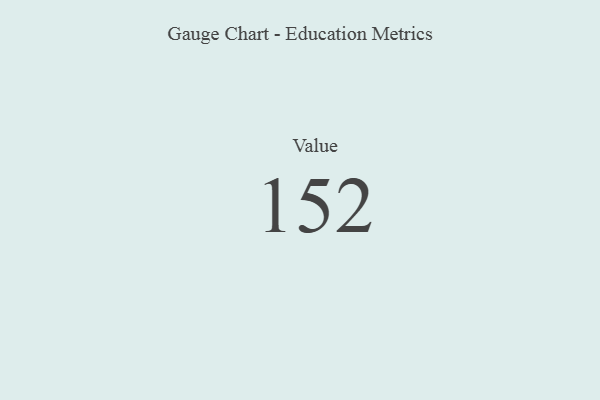
{"axis": {"x": "Metric", "y": "Value"}, "legend": [""], "data": [{"x": "Value", "y": 152, "type": ""}]}